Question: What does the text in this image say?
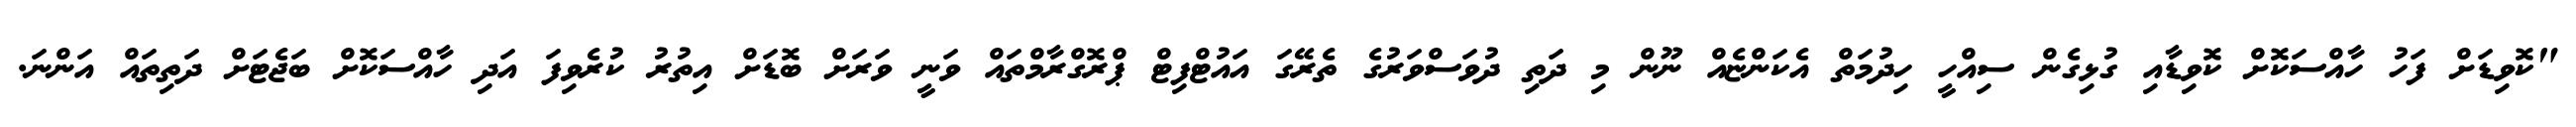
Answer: "ކޮވިޑަށް ފަހު ހާއްސަކޮށް ކޮވިޑާއި ގުޅިގެން ސިއްހީ ހިދުމަތް އެކަންޏެއް ނޫން މި ދަތި ދުވަސްވަރުގެ ތެރޭގަ އައުޓްފިޓް ޕްރޮގްރާމްތައް ވަނީ ވަރަށް ބޮޑަށް އިތުރު ކުރެވިފަ އަދި ހާއްސަކޮށް ބަޖެޓަށް ދަތިތައް އަންނަ.